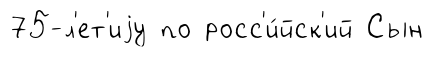
75-л'ет'иjу по росс'и́йск'ий Сын